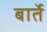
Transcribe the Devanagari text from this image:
बार्ते